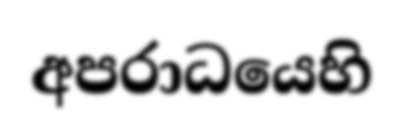
අපරාධයෙහි